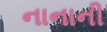
નાનાની